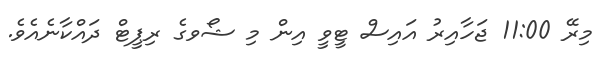
މިރޭ 11:00 ޖަހާއިރު އައިސް ޓީވީ އިން މި ޝޯވގެ ރިޕީޓް ދައްކާނެއެވެ.